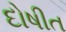
દોષીત